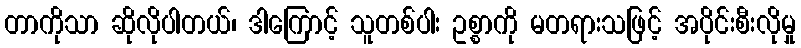
တာကိုသာ ဆိုလိုပါတယ်၊ ဒါကြောင့် သူတစ်ပါး ဥစ္စာကို မတရားသဖြင့် အပိုင်းစီးလိုမှု